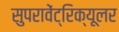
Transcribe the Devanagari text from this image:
सुपरावेंट्रिक्यूलर